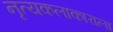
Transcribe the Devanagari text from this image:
नृत्यकलाकाराला